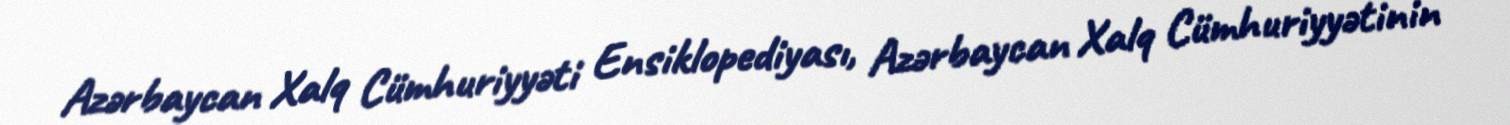
Azərbaycan Xalq Cümhuriyyəti Ensiklopediyası, Azərbaycan Xalq Cümhuriyyətinin